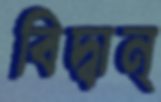
বিদ্বান্